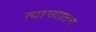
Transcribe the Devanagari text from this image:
त्याच्यातच